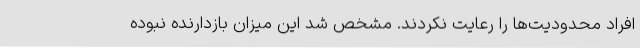
افراد محدودیت‌ها را رعایت نکردند. مشخص شد این میزان بازدارنده نبوده